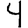
Digit: 4